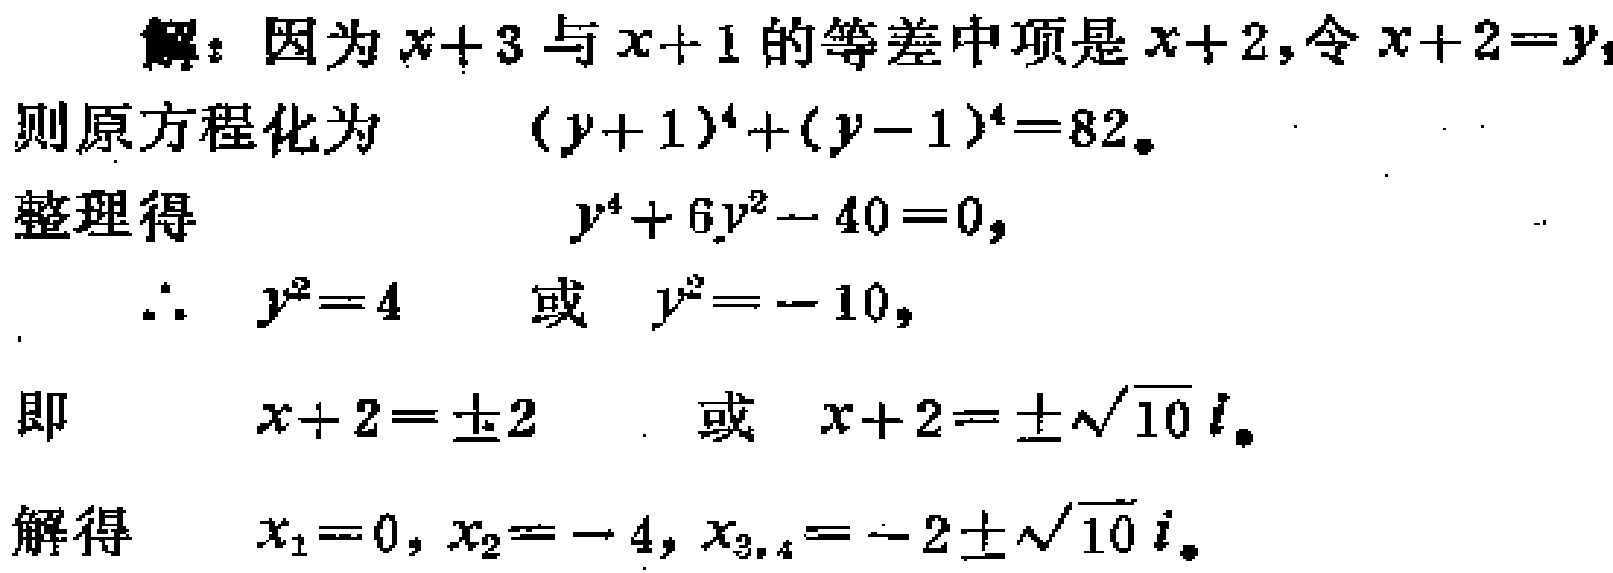
解：因为\(x + 3\)与\(x + 1\)的等差中项是\(x + 2\)，令\(x + 2 = y\)，

则原方程化为 \((y + 1)^4 + (y - 1)^4 = 82\)。

整理得 \(y^4 + 6y^2 - 40 = 0\)，

\(\therefore\) \(y^2 = 4\) 或 \(y^2 = - 10\)，

即 \(x + 2 = \pm 2\) 或 \(x + 2 = \pm\sqrt{10}i\)。

解得 \(x_1 = 0\)，\(x_2 = - 4\)，\(x_{3,4} = - 2\pm\sqrt{10}i\)。